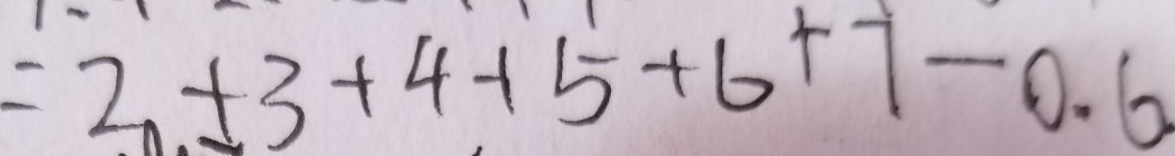
= 2 + 3 + 4 + 5 + 6 + 7 - 0 . 6